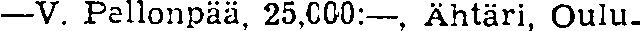
—V. Pellonpää, 25,000:—, Ahtäri, Oulu.